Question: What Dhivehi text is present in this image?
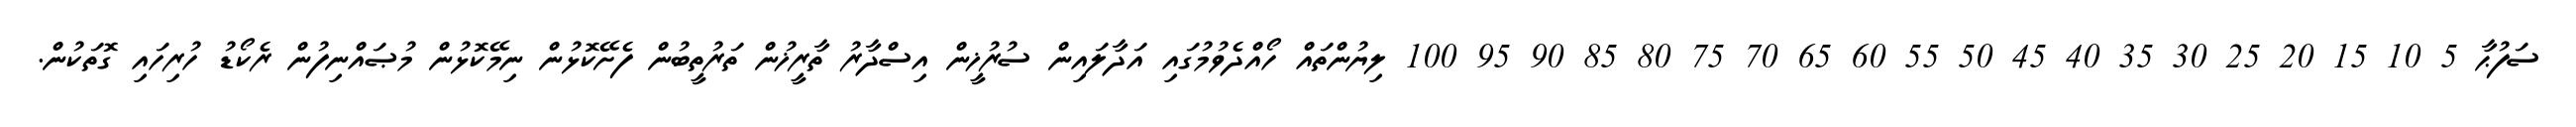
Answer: ސަފުޙާ 5 10 15 20 25 30 35 40 45 50 55 60 65 70 75 80 85 90 95 100 ލިޔުންތައް ހޯއްދެވުމުގައި އަދާލައިން ސުރުޚީން އިސްދާރު ތާރީޚުން ތަރުތީބުން ފެށޭކޮޅުން ނިމޭކޮޅުން މުޞައްނިފުން ރެކޯޑު ހުރިހައި ގޮތަކުން.